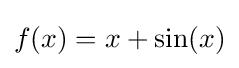
f(x)=x+\sin(x)